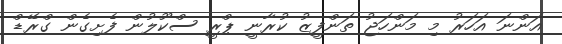
އަންނަ އަހަރު މި މަންހަޖު ތަންފީޒު ކުރާނީ ޕްރީ ސްކޫލުން ފެށިގެން ގްރޭޑް